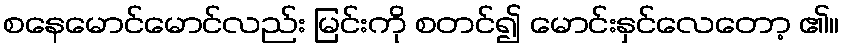
စနေမောင်မောင်လည်း မြင်းကို စတင်၍ မောင်းနှင်လေတော့ ၏။